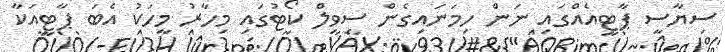
ސިޔާސީ ޕާޓީއެއްގައި ނަން ހިމަނައިގެން ސިވިލް ކޯޓުގައި މިހާރު މީހަކު އެބަ ޕާޓީއަކާ